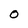
Character: o